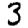
Digit: 3